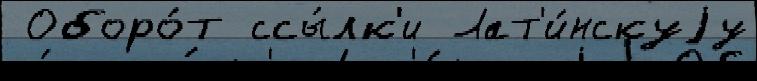
 Оборо́т ссы́лк'и Лат'и́нскуjу